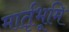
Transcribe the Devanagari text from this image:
मार्तृभूमि